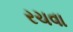
રચવા